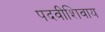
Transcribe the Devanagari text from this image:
पदवीशिवाय